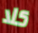
كلا